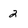
Character: 2